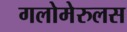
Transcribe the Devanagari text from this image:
गलोमेरुलस